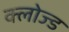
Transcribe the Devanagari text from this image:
क्‍लोज्‍ड